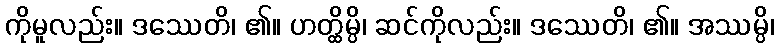
ကိုမူလည်း။ ဒဿေတိ၊ ၏။ ဟတ္ထိမ္ပိ၊ ဆင်ကိုလည်း။ ဒဿေတိ၊ ၏။ အဿမ္ပိ၊